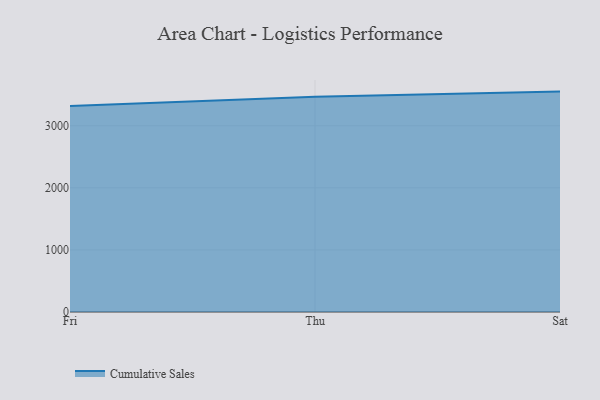
{"axis": {"x": "Day", "y": "Inventory Turnover"}, "legend": ["Cumulative Sales"], "data": [{"x": "Fri", "y": 3319.9, "type": "Cumulative Sales"}, {"x": "Thu", "y": 3465.9, "type": "Cumulative Sales"}, {"x": "Sat", "y": 3550.2, "type": "Cumulative Sales"}]}